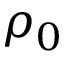
\rho _ { 0 }